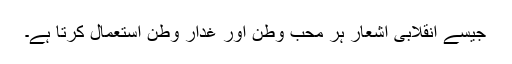
جیسے انقلابی اشعار ہر محب وطن اور غدارِ وطن استعمال کرتا ہے۔